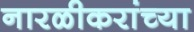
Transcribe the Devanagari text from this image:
नारळीकरांच्या